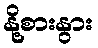
နို့စားနွား